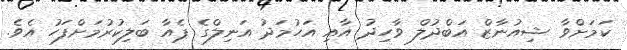
ކަމަށްވާ ޝިއުނާޒް އަބްދުލް ވާހިދު އާއި އަހުމަދު އަނިލްގެ ޕެއާ ބަލިކުރުމަށްފަހު އެވެ.